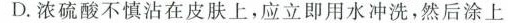
D.浓硫酸不慎沾在皮肤上，应立即用水冲洗，然后涂上